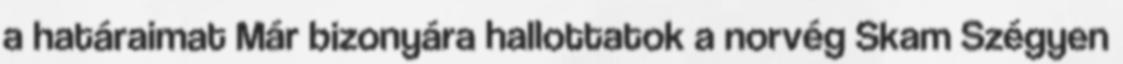
a határaimat Már bizonyára hallottatok a norvég Skam Szégyen